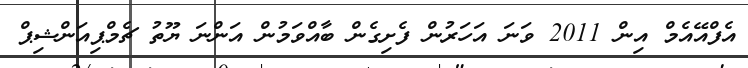
އެފްއޭއެމް އިން 2011 ވަނަ އަހަރުން ފެށިގެން ބާއްވަމުން އަންނަ ޔޫތު ޗެމްޕިއަންޝިޕް